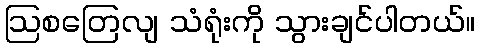
ဩစတြေလျ သံရုံးကို သွားချင်ပါတယ်။